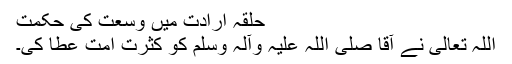
حلقہ ارادت میں وسعت کی حکمت
اللہ تعالیٰ نے آقا صلی اللہ علیہ وآلہ وسلم کو کثرتِ امت عطا کی۔